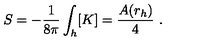
S = - \frac { 1 } { 8 \pi } \int _ { h } [ K ] = \frac { A ( r _ { h } ) } { 4 } \ .